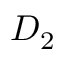
D _ { 2 }